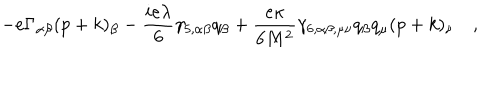
- e \Gamma _ { \alpha \beta } ( p + k ) _ { \beta } - { \frac { i e \lambda } { 6 } } \gamma _ { 5 , \alpha \beta } q _ { \beta } + { \frac { e \kappa } { 6 M ^ { 2 } } } \gamma _ { 6 , \alpha \beta , \mu \nu } q _ { \beta } q _ { \mu } ( p + k ) _ { \nu } \quad ,